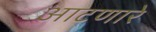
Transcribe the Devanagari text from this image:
आटणारे